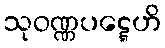
သုဝဏ္ဏပဋ္ဋေဟိ